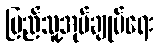
ပြည်သူ့အုပ်ချုပ်ရေး